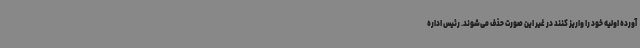
آورده اولیه خود را واریز کنند در غیر این صورت حذف می‌شوند. رئیس اداره